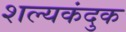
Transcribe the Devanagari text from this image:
शल्यकंदुक